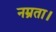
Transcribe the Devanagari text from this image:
नम्रता।